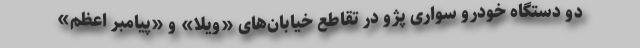
دو دستگاه خودرو سواری پژو در تقاطع خیابان‌های «ویلا» و «پیامبر اعظم»